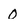
Character: 0